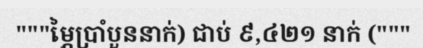
"""ម្ភៃប្រាំបួននាក់) ជាប់ ៩,៤២១ នាក់ ("""